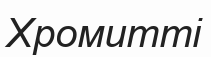
Хромитті